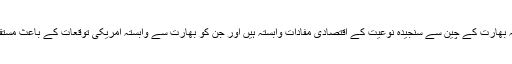
بلاشبہ اس سب سے یہ بات عیاں ہوتی ہے کہ بھارت کے چین سے سنجیدہ نوعیت کے اقتصادی مفادات وابستہ ہیں اور جن کو بھارت سے وابستہ امریکی توقعات کے باعث مستقبل قریب میں قوی زک پہنچنے کا خدشہ ہے۔